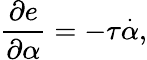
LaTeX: \frac{\partial e}{\partial\alpha}=-\tau\overset{\cdot}{\alpha},